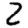
Digit: 2